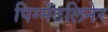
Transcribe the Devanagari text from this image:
पिग्मेंटलिनेर